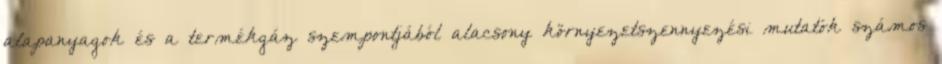
alapanyagok és a termékgáz szempontjából alacsony környezetszennyezési mutatók számos